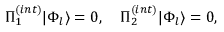
\Pi _ { 1 } ^ { ( i n t ) } | \Phi _ { l } \rangle = 0 , \quad \Pi _ { 2 } ^ { ( i n t ) } | \Phi _ { l } \rangle = 0 ,